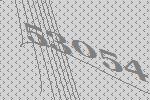
53054